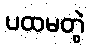
ပထမတွဲ